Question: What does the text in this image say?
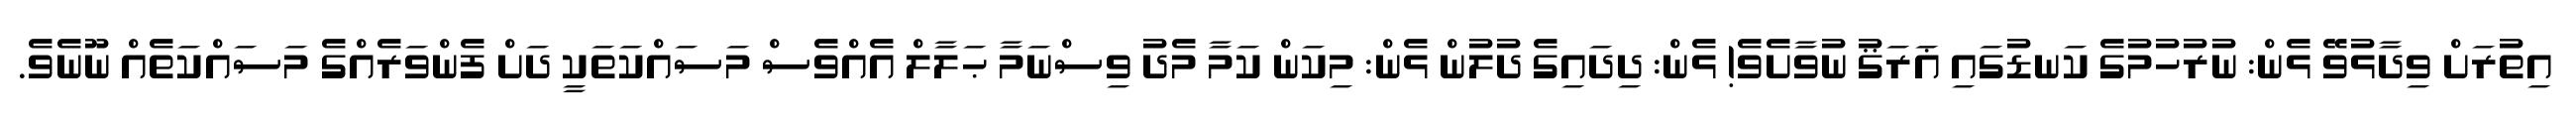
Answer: އިތުރަށް ވިދާޅުވޭ ޅެން: ނުރުހުމުގެ ކަނޑުގައި ޣަރަޤު ނުވާށެވެ! ޅެން: ދިދައިގެ ދުލުން ޅެން: މިކަން ކަމާ މެދު ވިސްނަމާ ޙަލާލް އެއްވެސް މަސައްކަތަކީ ދަށް ފެންވަރެއްގެ މަސައްކަތެއް ނޫނެވެ.